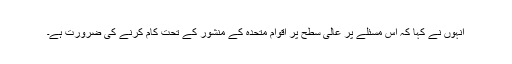
اْنہوں نے کہا کہ اس مسئلے پر عالی سطح پر اقوام متحدہ کے منشور کے تحت کام کرنے کی ضرورت ہے۔